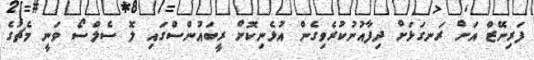
ފަރިނޭޒް އަށް ރަނގަޅަށް ދިފާއުނުކުރެވިގެން އުޅެނިކޮށް ރީބައުންސްގައި ލޮ ސެލްސޯ ވަނީ މެޗުގެ